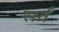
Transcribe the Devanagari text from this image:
सर्वँ